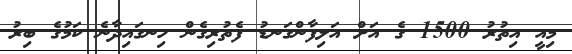
މިއީ އިތުރު 1500 ގެ އަށް އަލިފާންގަނޑު ފެތުރިގެން ހިނގައިދާނެ ކަމުގެ ބިރު